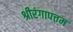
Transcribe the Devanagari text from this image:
श्रीरंगापत्तम